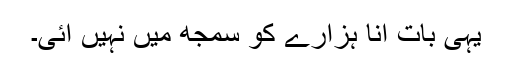
یہی بات انا ہزارے کو سمجھ میں نہیں آئی۔